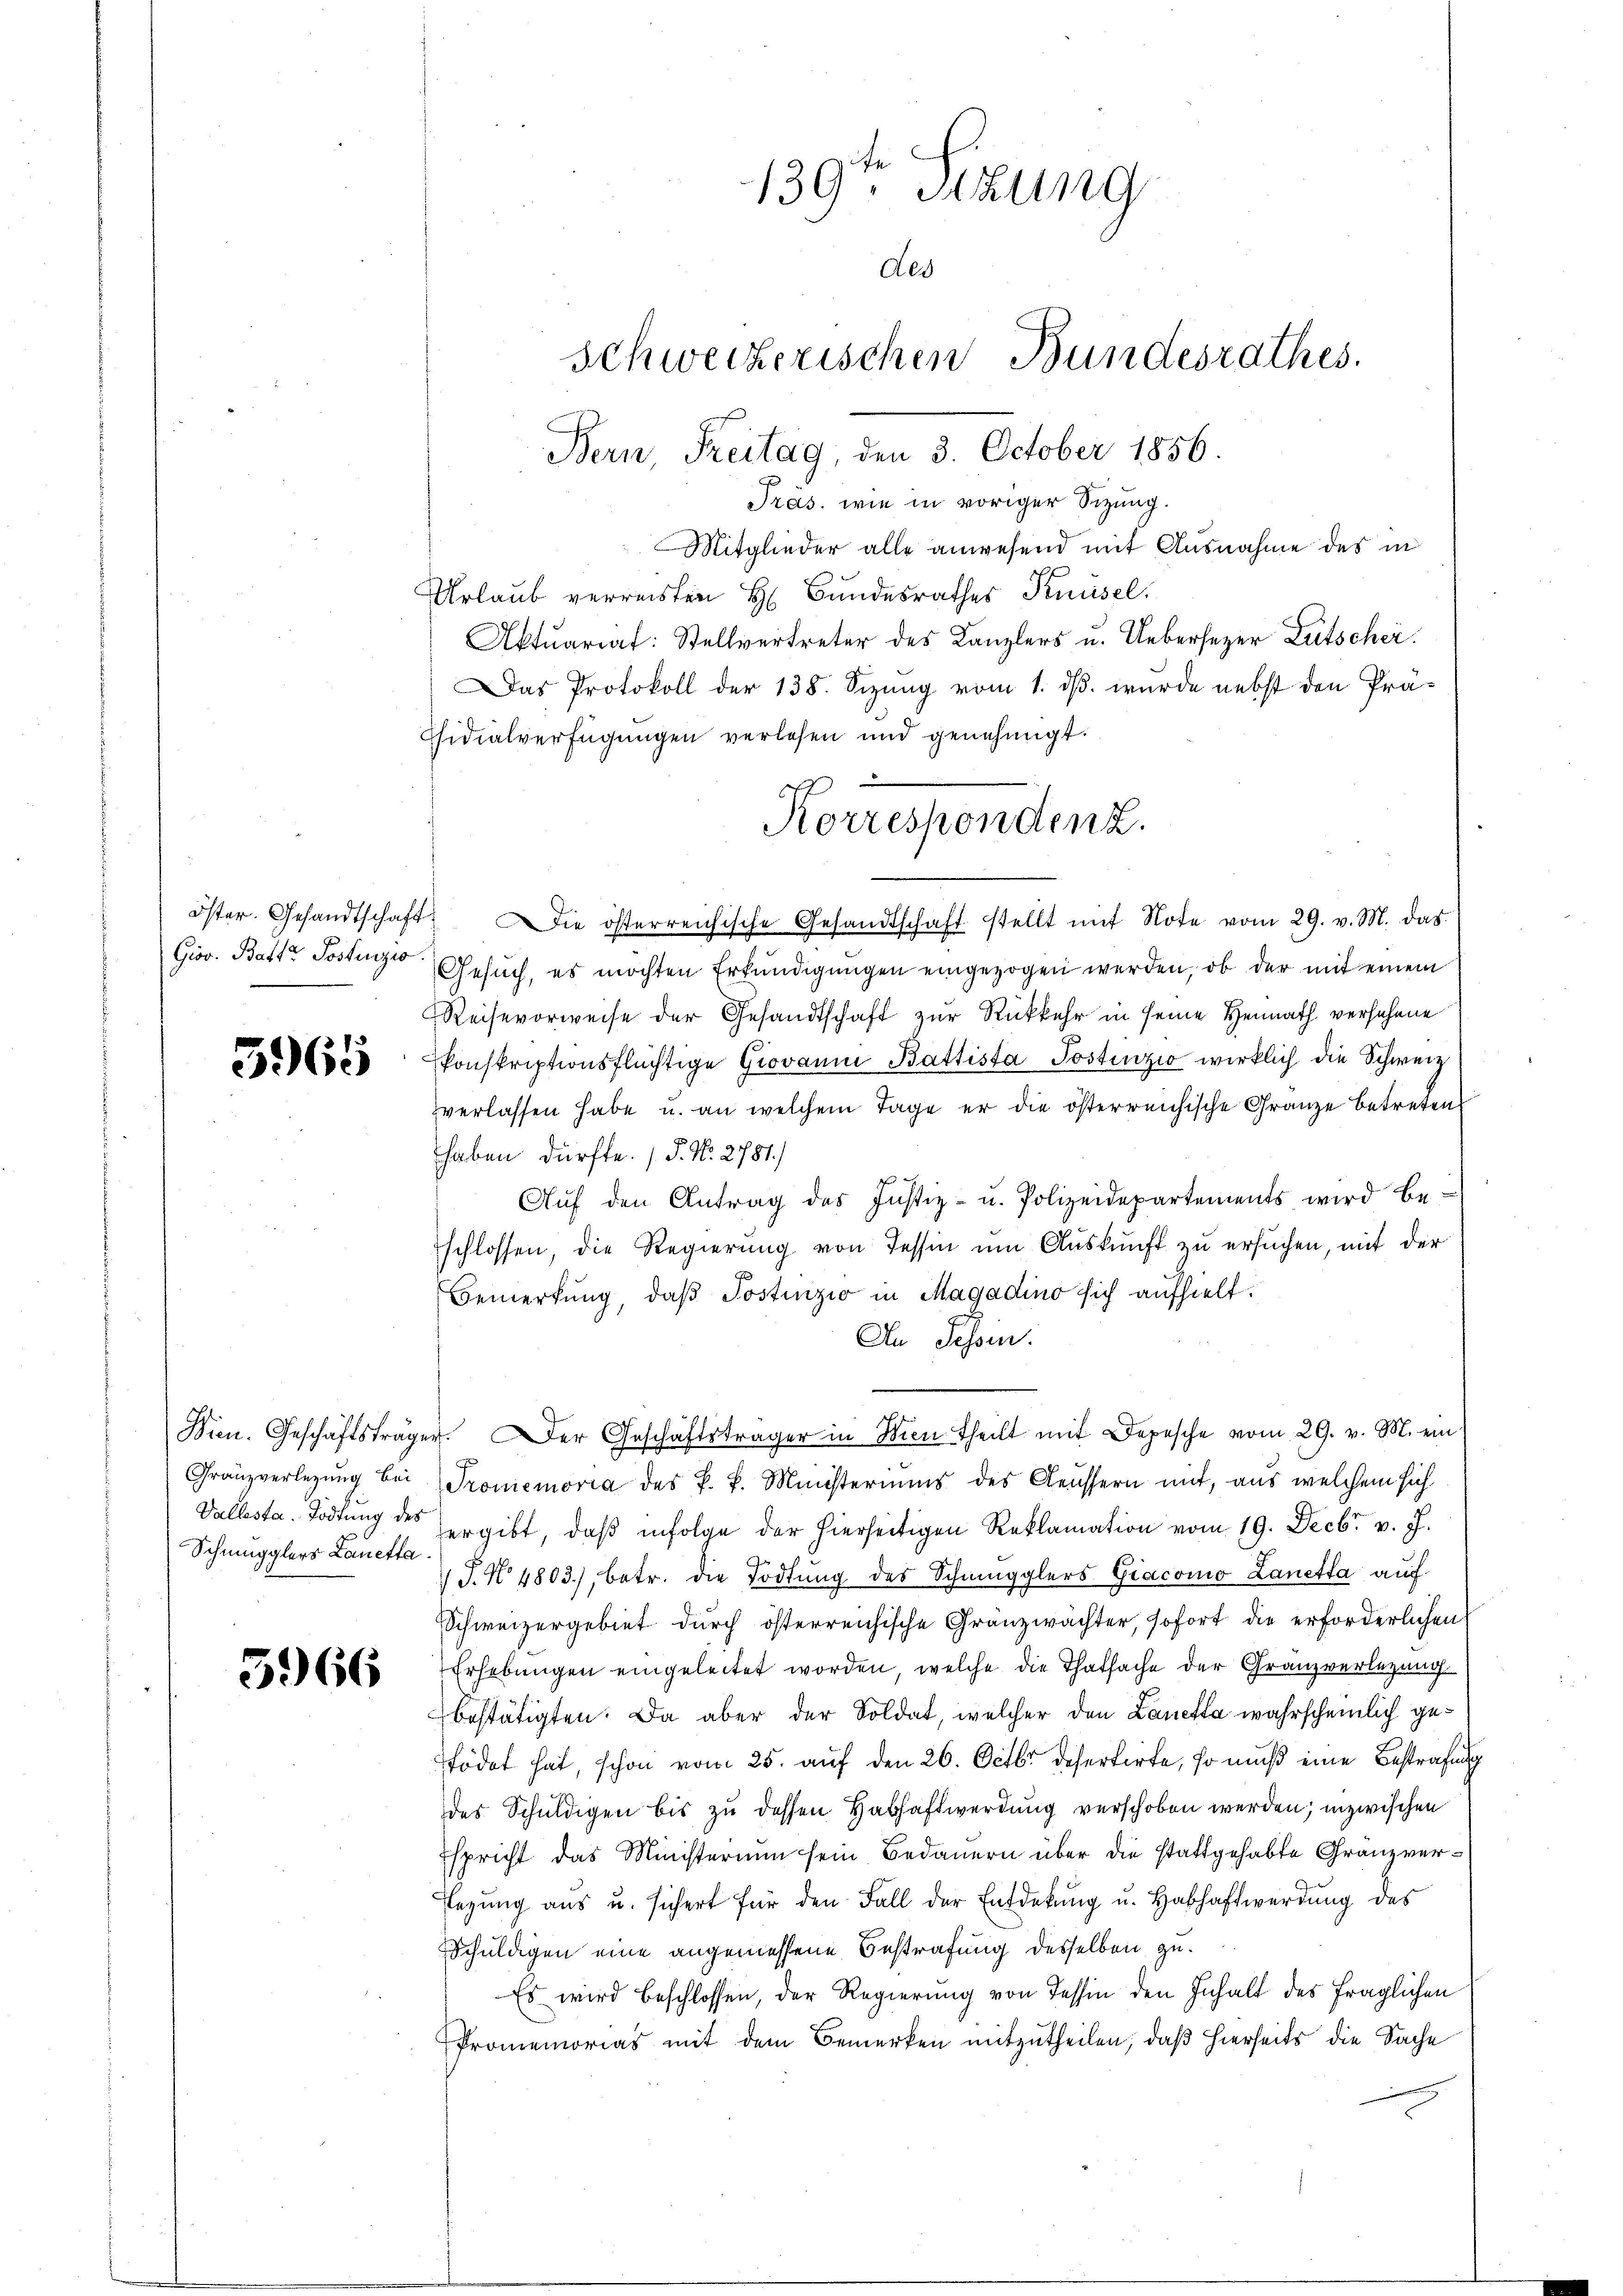
Grov. Batte Postenzio

5965

Schmugglers Lanetta

5966

Präs. wie in voriger Sizung.
Mitglieder alle anwesend mit Ausnahme des in
Urlaub verreisten H. Bundesrathes Knüsel.
Aktuariat: Stellvertreter des Kanzlers u. Uebersezer Lütschei
Das Protokoll der 138. Sizung vom 1. ds. wurde nebst den Präfsidialverfügungen verlesen und genehmigt.
öster. Gesandtschaft. Die österreichische Gesandtschaft stellt mit Note vom 29. v. M. das
Gesuch, es möchten Erkundigungen eingezogen werden, ob der mit einem
Reisevorweise der Gesandtschaft zur Rückkehr in seine Heimath versehene
konskriptionsflüchtige Giovann Battista Postenzio wirklich die Schweiz
verlassen habe u. an welchem Tage er die österreichische Gränze betreten
haben dürfte. (T. N. 2781.)
Aŭf den Antrag des Justiz- u. Polizeidepartements wird be-
schlossen, die Regierung von Tessin um Auskunft zu ersuchen, mit der
Bemerkung, daß Postinzio in Magadino sich aufhielt.
An Schein.
Bien. Geschäftsträger. Der Geschäftsträger in Wien theilt mit Depesche vom 29. v. M. ein
Granzverlegŭng bei Promemoria des P. P. Ministeriums des Aeussern mit, aus welchem sich
Vallesta. Tödtung des ergibt, daß infolge der hierseitigen Reklamation vom 19. Decbr v. J.
 J. N. 4803), betr. die Tödtung des Schmugglers Giacomo Lanetta auf
Schweizergebiet dŭrch österreichische Gränzwächter, sofort die erforderlichen
Erhebungen eingeleitet worden, welche die Thatsache der Granzverlegung
bestätigten. Da aber der Soldat, welcher den Lanetta wahrscheinlich getödet hat, schon vom 25. auf den 26. Octbr. desertirte, so muß eine Bestrafung
des Schuldigen bis zu dessen Habhaftwerdung verschoben werden; inzwischen
Espricht das Ministerium sein Bedauern über die stattgehabte Gränz(...)¬
Legung aus u. sichert für den Fall der Entdekung u. Habhaftwerdung des
Schuldigen eine angemessene Bestrafung desselben zu
Es wird beschlossen, der Regierung von Tessin den Inhalt des fraglichen
Promemorias mit dem Bemerken mitzutheilen, daß hierseits die Sache
x

139ten Sizung
des
Schweizerischen Bundesrathes.
Bern, Freitag, den 3. October 1856.

Korresponden 2.